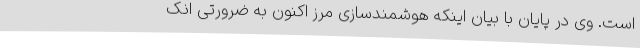
است. وی در پایان با بیان اینکه هوشمندسازی مرز اکنون به ضرورتی انک